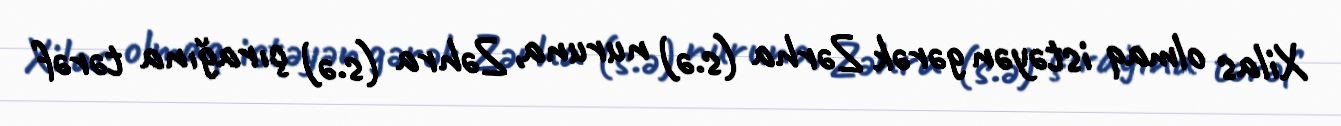
Xilas olmaq istəyən gərək Zərha (s.ə) nuruna, Zəhra (s.ə) çırağına tərəf